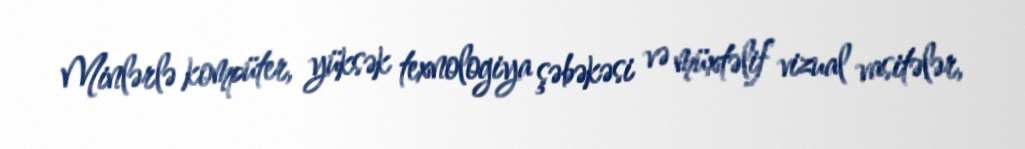
Minlərlə kompüter, yüksək texnologiya şəbəkəsi və müxtəlif vizual vasitələr,